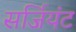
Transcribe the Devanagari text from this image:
सर्जियंट